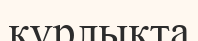
қүрлықта